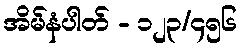
အိမ်နံပါတ် - ၁၂၃/၄၅၆